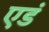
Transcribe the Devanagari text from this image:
एडं